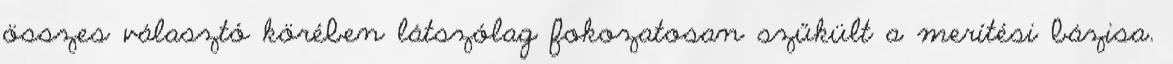
összes választó körében látszólag fokozatosan szűkült a merítési bázisa.